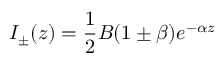
I _ { \pm } ( z ) = \frac { 1 } { 2 } B ( 1 \pm \beta ) e ^ { - \alpha z }